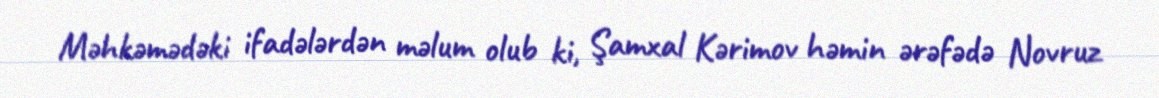
Məhkəmədəki ifadələrdən məlum olub ki, Şamxal Kərimov həmin ərəfədə Novruz